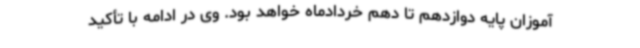
آموزان پایه دوازدهم تا دهم خردادماه خواهد بود. وی در ادامه با تأکید